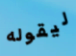
ليقوله